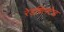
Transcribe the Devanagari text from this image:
रेडशिफ्टेड